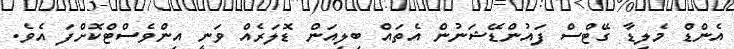
އެންޑް މެލިޑާ ގޭޓްސް ފައުންޑޭޝަނުން އެތައް ބިލިއަން ޑޮލަރެއް ވަނީ އިންވެސްޓްކޮށްފަ އެވެ.